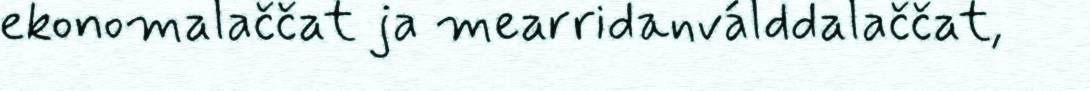
ekonomalaččat ja mearridanválddalaččat,